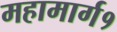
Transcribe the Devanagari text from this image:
महामार्ग१